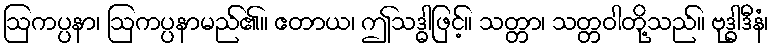
ဩကပ္ပနာ၊ ဩကပ္ပနာမည်၏။ ဧတာယ၊ ဤသဒ္ဓါဖြင့်။ သတ္တာ၊ သတ္တဝါတို့သည်။ ဗုဒ္ဓါဒီနံ၊